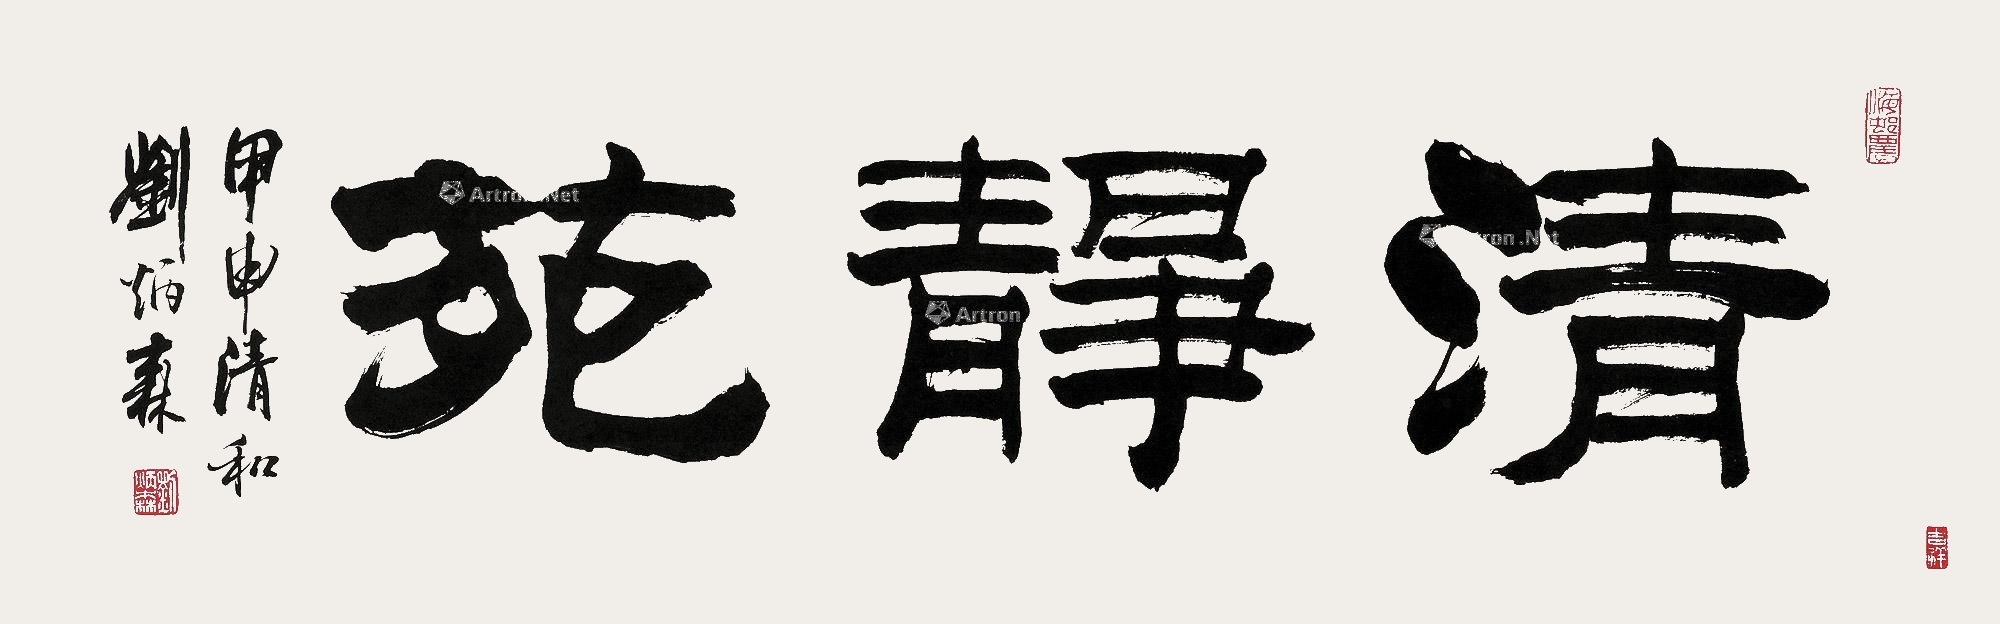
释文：清静苑。甲申清和刘炳森。